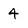
Character: 4